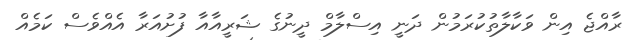
ރާއްޖެ އިން ވަކާލާތުކުރަމުން ދަނީ އިސްލާމް ދީނުގެ ޝަރީއާއާ ފުށުއަރާ އެއްވެސް ކަމެއް